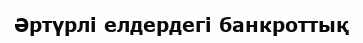
Әртүрлі елдердегі банкроттық